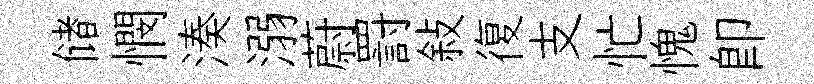
储憫湊溺蔚罸敍復支忙愧即